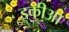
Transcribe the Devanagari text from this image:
इकीआ